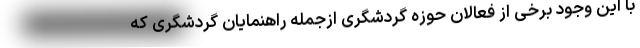
با این وجود برخی از فعالان حوزه گردشگری ازجمله راهنمایان گردشگری که